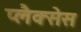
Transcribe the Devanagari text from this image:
प्लैक्सेस